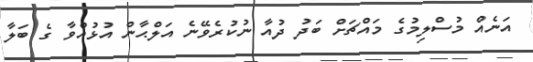
އަނެއް މުސްލިމުގެ މައްޗަށް ބަދު ދުއާ ނުކުރެވޭނެ އަލްޙާން އުޅުއްވާ ގެ ބަލާ